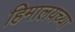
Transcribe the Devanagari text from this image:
हिमालयच्या